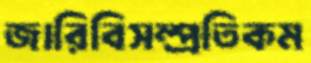
জারিবিসম্প্রতিকম